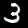
Label: 3